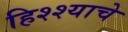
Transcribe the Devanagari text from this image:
हिश्श्याचे